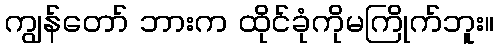
ကျွန်တော် ဘားက ထိုင်ခုံကိုမကြိုက်ဘူး။